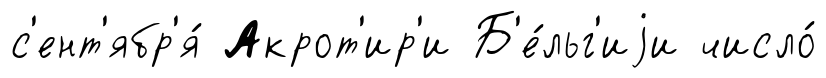
с'ент'ябр'я́ Акрот'ир'и Б'е́льг'иjи число́